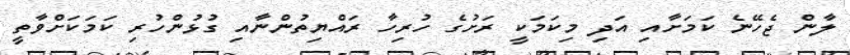
ލާން ޖެހޭނެ ކަމަށާއި އަދި މިކަމަކީ ރަށުގެ ހުރިހާ ރައްޔިތުންނާއި ގުޅުންހުރި ކަމަކަށްވާތީ